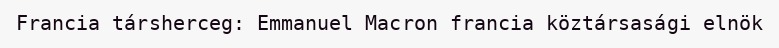
Francia társherceg: Emmanuel Macron francia köztársasági elnök